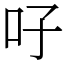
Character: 吇